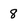
Character: 8